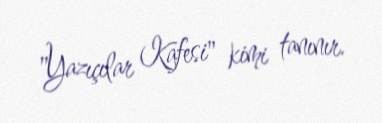
"Yazıçılar Kafesi" kimi tanınır.